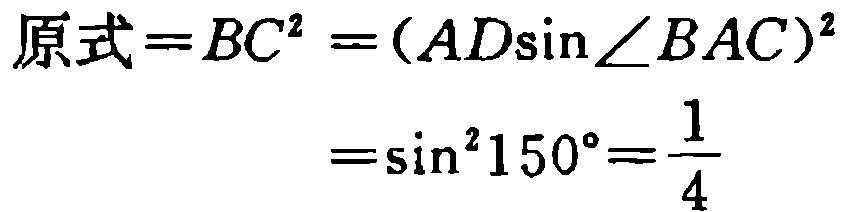
\[\begin{align*}
原式=BC^{2}&=(AD\sin\angle BAC)^{2}\\
&=\sin^{2}150^{\circ}=\frac{1}{4}
\end{align*}\]